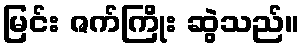
မြင်း ဇက်ကြိုး ဆွဲသည်။